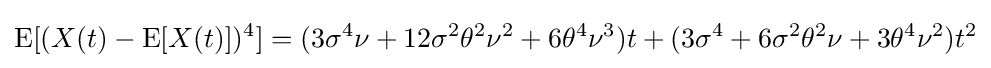
\operatorname {E} [(X(t)-\operatorname {E} [X(t)])^{4}]=(3\sigma ^{4}\nu +12\sigma ^{2}\theta ^{2}\nu ^{2}+6\theta ^{4}\nu ^{3})t+(3\sigma ^{4}+6\sigma ^{2}\theta ^{2}\nu +3\theta ^{4}\nu ^{2})t^{2}